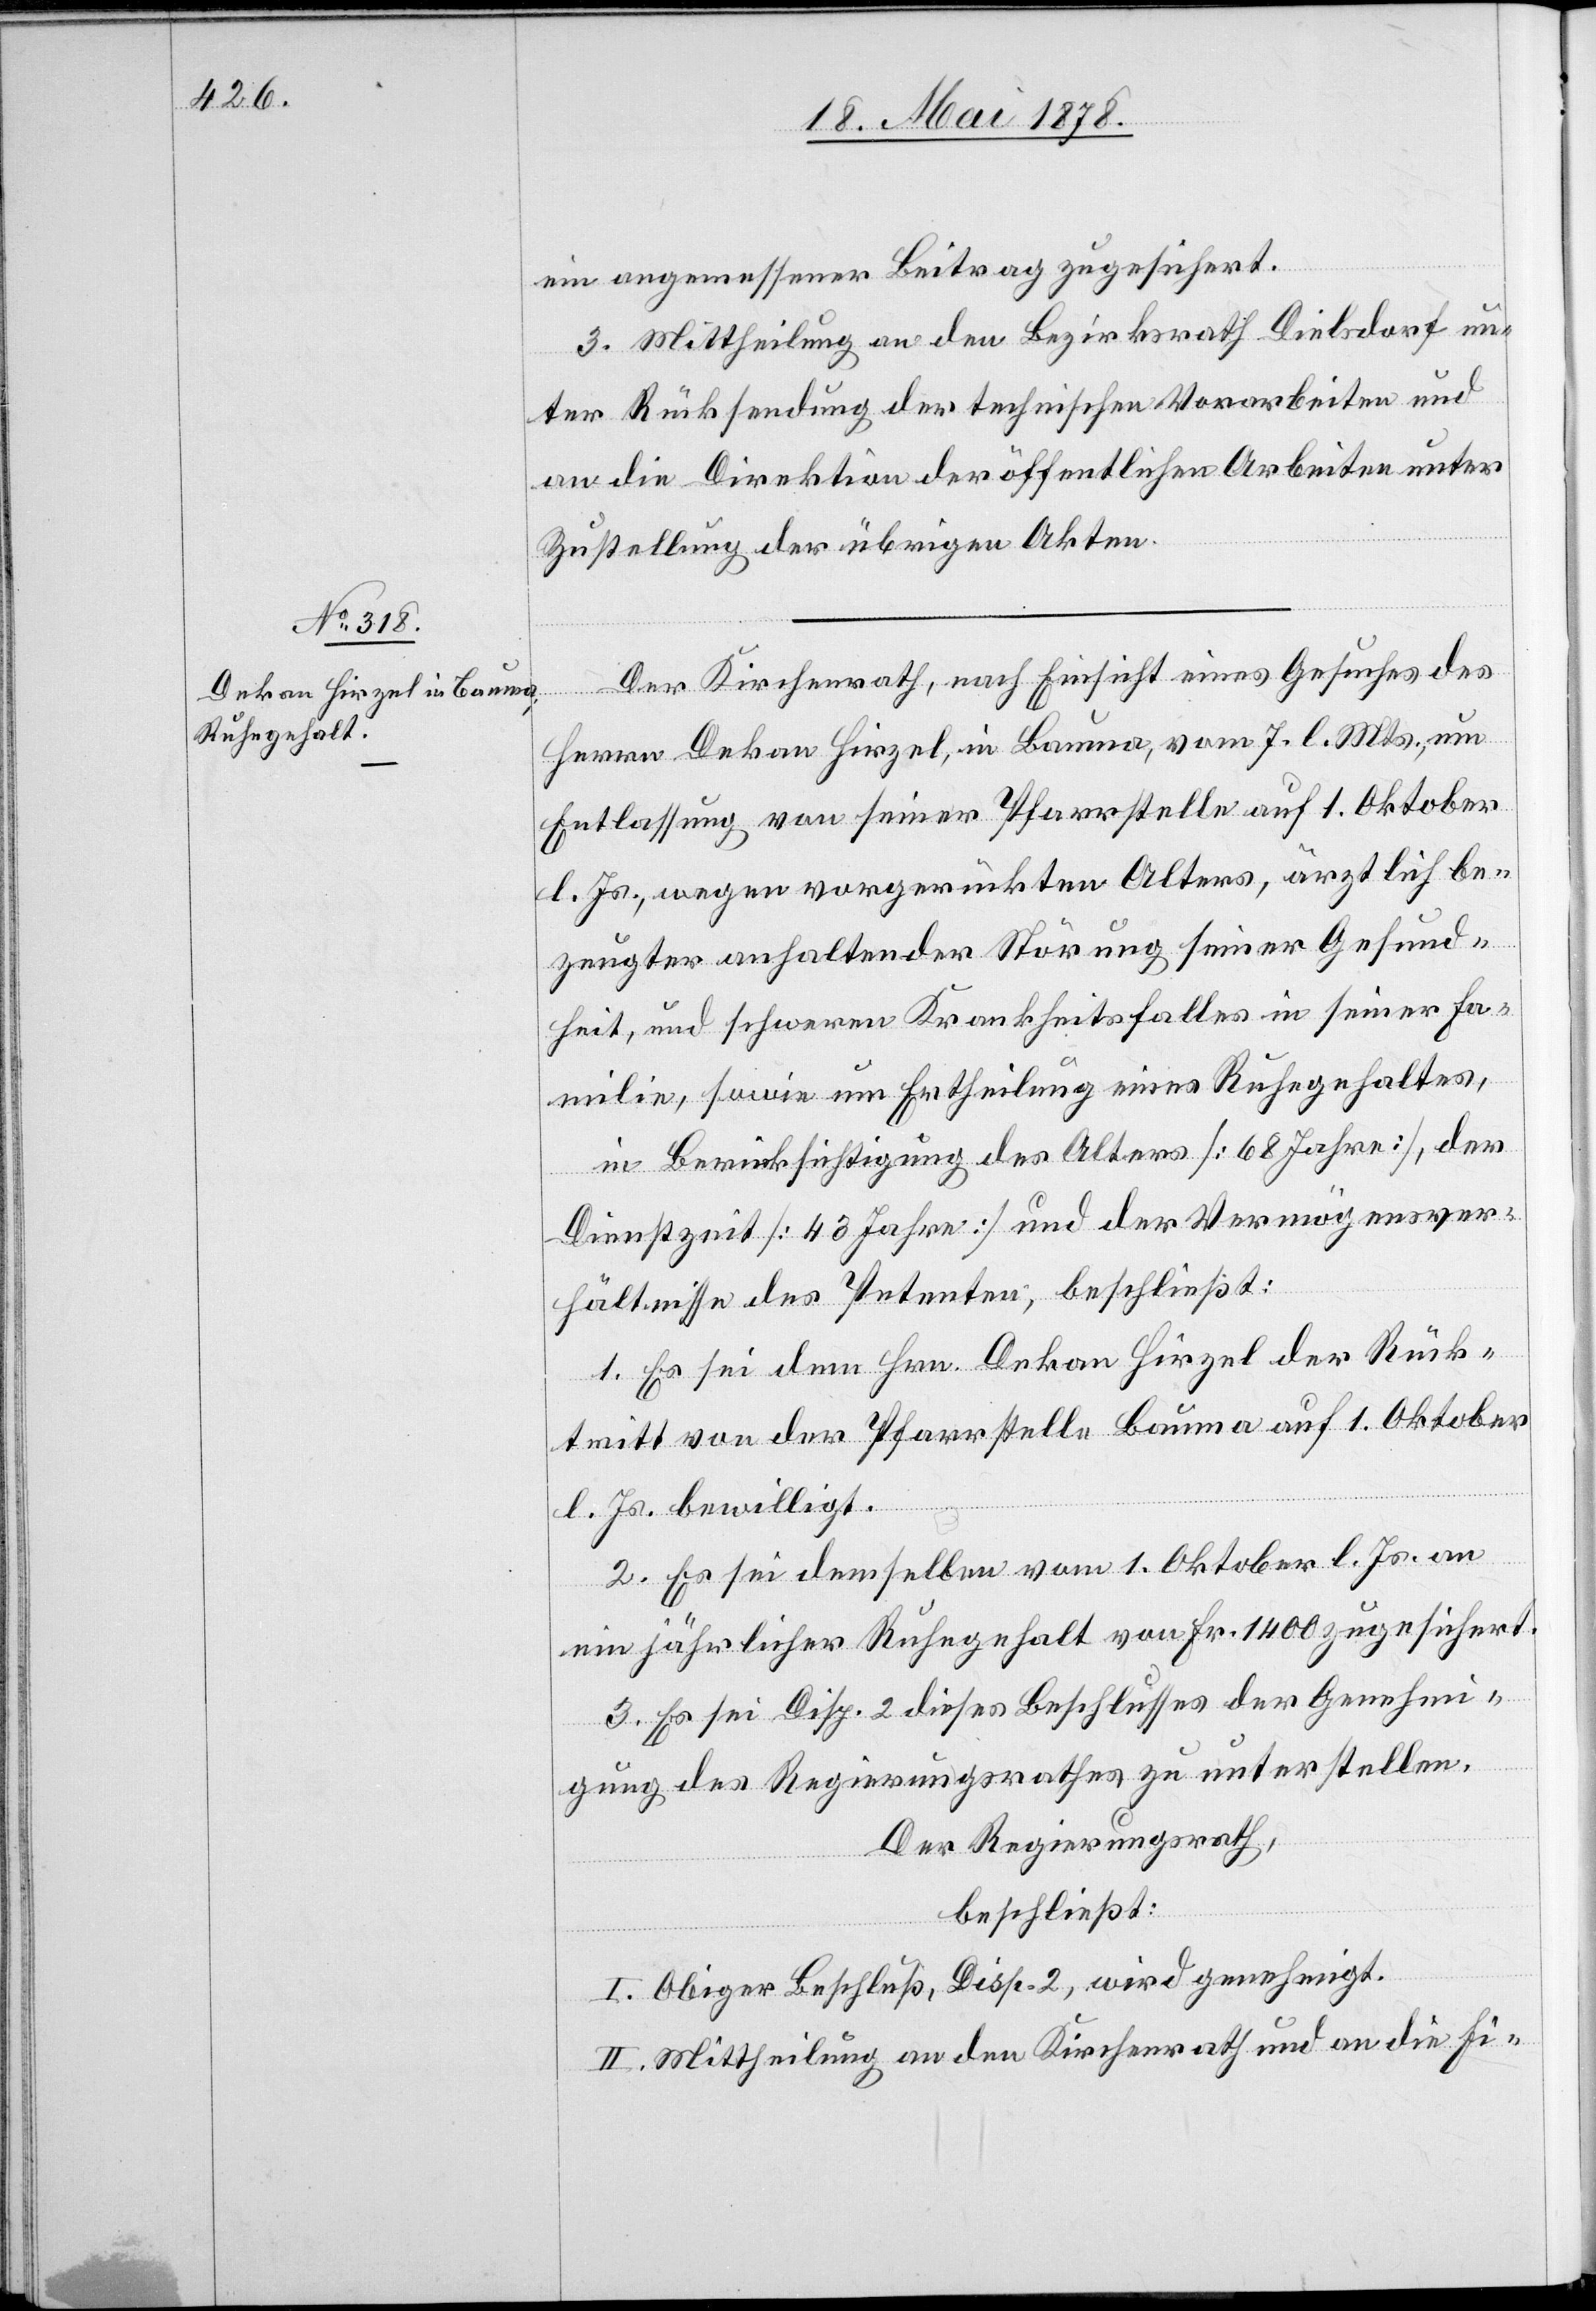
ein angemessener Beitrag zugesichert.
3. Mittheilung an den Bezirksrath Dielsdorf un¬
ter Rücksendung der technischen Vorarbeiten und
an die Direktion der öffentlichen Arbeiten unter
Zustellung der übrigen Akten.
Der Kirchenrath, nach Einsicht eines Gesuches des
Herren Dekan Hirzel, in Bauma, vom 7. l. Mts., um
Entlassung von seiner Pfarrstelle auf 1. Oktober
l. Js., wegen vorgerückten Alters, ärztlich be¬
zeugter anhaltender Störung seiner Gesund¬
heit, und schweren Krankheitsfalles in seiner Fa¬
milie, sowie um Ertheilung eines Ruhegehaltes,
in Berücksichtigung des Alters [68 Jahre], der
Dienstzeit [43 Jahre] und der Vermögensver¬
hältnisse des Petenten, beschließt:
1. Es sei dem Hrn. Dekan Hirzel der Rück¬
tritt von der Pfarrstelle Bauma auf 1. Oktober
l. Js. bewilligt.
2. Es sei demselben vom 1. Oktober l. Js. an
ein jährlicher Ruhegehalt von Fr. 1400 zugesichert.
3. Es sei Disp. 2 dieses Beschlusses der Genehmi¬
gung des Regierungsrathes zu unterstellen.
Der Regierungsrath,
beschließt:
I. Obiger Beschluß, Disp. 2, wird genehmigt.
II. Mittheilung an den Kirchenrath und an die Fi-